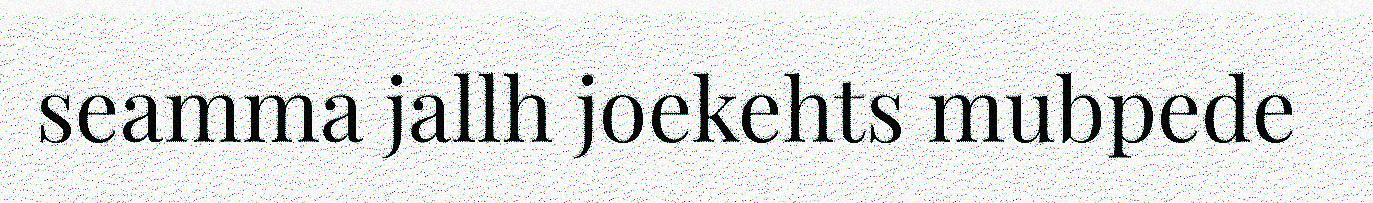
seamma jallh joekehts mubpede